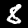
Digit: 8